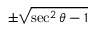
\pm { \sqrt { \sec ^ { 2 } \theta - 1 } }